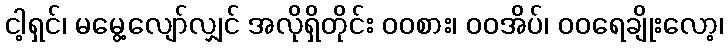
ငါ့ရှင်၊ မမွေ့လျော်လျှင် အလိုရှိတိုင်း ဝဝစား၊ ဝဝအိပ်၊ ဝဝရေချိုးလော့၊